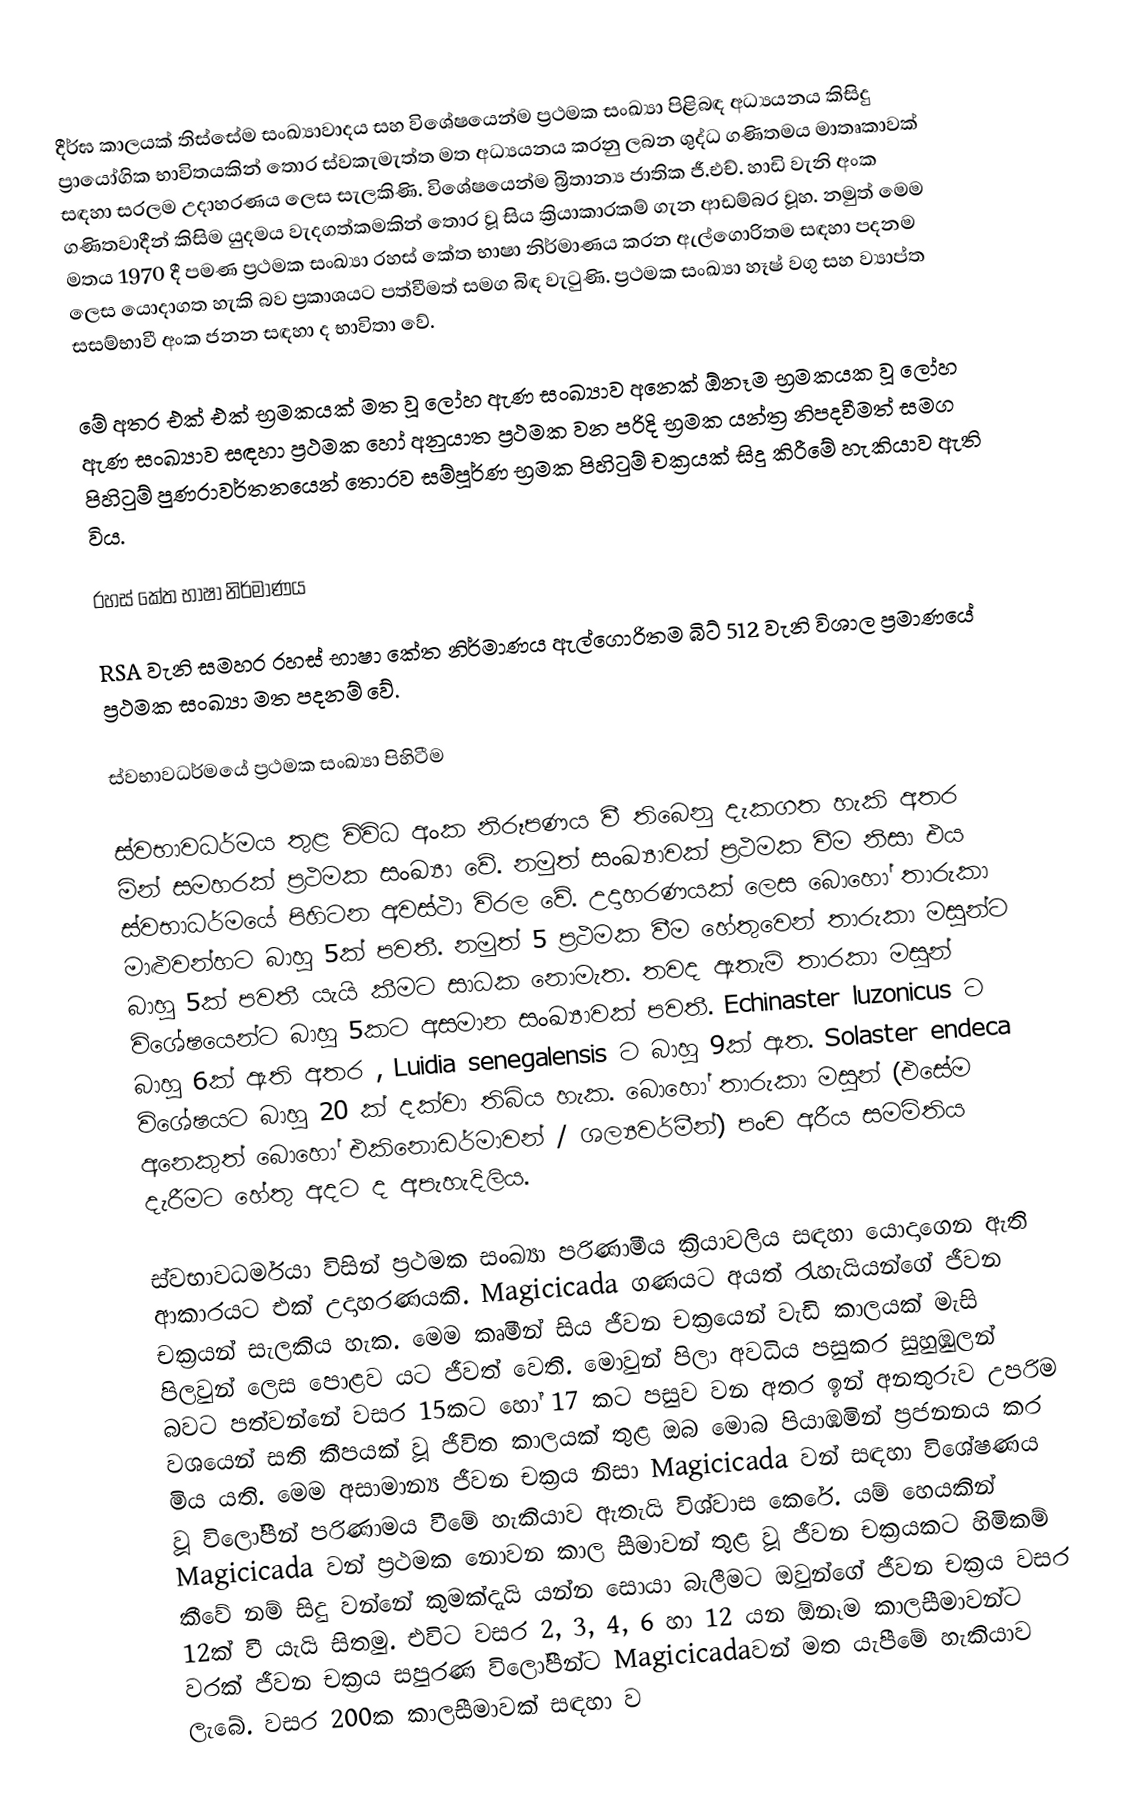
දීර්ඝ කාලයක් තිස්සේම සංඛ්‍යාවාදය සහ විශේෂයෙන්ම ප්‍රථමක සංඛ්‍යා පිළිබඳ අධ්‍යයනය කිසිදු ප්‍රායෝගික භාවිතයකින් තොර ස්වකැමැත්ත මත අධ්‍යයනය කරනු ලබන ශුද්ධ ගණිතමය මාතෘකාවක් සඳහා සරලම උදාහරණය ලෙස සැලකිණි. විශේෂයෙන්ම බ්‍රිතාන්‍ය ජාතික ජී.එච්. හාඩි වැනි අංක ගණිතවාදීන් කිසිම යුදමය වැදගත්කමකින් තොර වූ සිය ක්‍රියාකාරකම් ගැන ආඩම්බර වූහ. නමුත් මෙම මතය 1970 දී පමණ ප්‍රථමක සංඛ්‍යා රහස් කේත භාෂා නිර්මාණය කරන ඇල්ගොරිතම සඳහා පදනම ලෙස යොදාගත හැකි බව ප්‍රකාශයට පත්වීමත් සමග බිඳ වැටුණි. ප්‍රථමක සංඛ්‍යා හෑෂ් වගු සහ ව්‍යාප්ත සසම්භාවී අංක ජනන සඳහා ද භාවිතා වේ.

මේ අතර එක් එක් භ්‍රමකයක් මත වූ ලෝහ ඇණ සංඛ්‍යාව අනෙක් ඕනෑම භ්‍රමකයක වූ ලෝහ ඇණ සංඛ්‍යාව සඳහා ප්‍රථමක හෝ අනුයාත ප්‍රථමක වන පරිදි භ්‍රමක යන්ත්‍ර නිපදවීමත් සමග පිහිටුම් පුණරාවර්තනයෙන් තොරව සම්පූර්ණ භ්‍රමක පිහිටුම් චක්‍රයක් සිදු කිරීමේ හැකියාව ඇති විය.

රහස් කේත භාෂා නිර්මාණය

RSA වැනි සමහර රහස් භාෂා කේත නිර්මාණය ඇල්ගොරිතම බිට් 512 වැනි විශාල ප්‍රමාණයේ ප්‍රථමක සංඛ්‍යා මත පදනම් වේ.

ස්වභාවධර්මයේ ප්‍රථමක සංඛ්‍යා පිහිටීම

ස්වභාවධර්මය තුළ විවිධ අංක නිරූපණය වී තිබෙනු දැකගත හැකි අතර මින් සමහරක් ප්‍රථමක සංඛ්‍යා වේ. නමුත් සංඛ්‍යාවක් ප්‍රථමක වීම නිසා එය ස්වභාධර්මයේ පිහිටන අවස්ථා විරල වේ. උදාහරණයක් ලෙස බොහෝ තාරුකා මාළුවන්හට බාහු 5ක් පවතී. නමුත් 5 ප්‍රථමක වීම හේතුවෙන් තාරුකා මසුන්ට බාහු 5ක් පවතී යැයි කීමට සාධක නොමැත. තවද ඇතැම් තාරකා මසුන් විශේෂයෙන්ට බාහු 5කට අසමාන සංඛ්‍යාවක් පවතී. Echinaster luzonicus ට බාහු 6ක් ඇති අතර , Luidia senegalensis ‍ට බාහු 9ක් ඇත. Solaster endeca විශේෂ‍යට බාහු 20 ක් දක්වා තිබිය හැක. බොහෝ තාරුකා මසුන් (එසේම අනෙකුත් බොහෝ එකිනොඩර්මාවන් / ශල්‍යවර්මීන්) පංච අරීය සමමිතිය දැරීමට හේතු අදට ද අපැහැදිලිය.

ස්වභාවධර්මයා විසින් ප්‍රථමක සංඛ්‍යා පරිණාමීය ක්‍රියාවලිය සඳහා යොදාගෙන ඇති ආකාරයට එක් උදාහරණයකි. Magicicada ගණයට අයත් රැහැයියන්ගේ ජීවන චක්‍රයන් සැලකිය හැක. මෙම කෘමීන් සිය ජීවන චක්‍රයෙන් වැඩි කාලයක් මැසි පිලවුන් ලෙස පොළව යට ජීවත් වෙති. මොවුන් පිලා අවධිය පසුකර සුහුඹුලන් බවට පත්වන්නේ වසර 15කට හෝ 17 කට පසුව වන අතර ඉන් අනතුරුව උපරිම වශයෙන් සති කීපයක් වූ ජීවිත කාලයක් තුළ ඔබ මොබ පියාඹමින් ප්‍රජනනය කර මිය යති. මෙම අසාමාන්‍ය ජීවන චක්‍රය නිසා  Magicicada  වන් සඳහා විශේෂණය වූ විලෝපීන් පරිණාමය වීමේ හැකියාව ඇතැයි විශ්වාස කෙරේ. යම් හෙයකින් Magicicada වන් ප්‍රථමක නොවන කාල සීමාවන් තුළ වූ ජීවන චක්‍රයකට හිමිකම් කීවේ නම් සිදු වන්නේ කුමක්දැයි යන්න සොයා බැලීමට ඔවුන්ගේ ජීවන චක්‍රය වසර 12ක් වී යැයි සිතමු. එවිට වසර 2, 3, 4, 6 හා 12 යන ඕනෑම කාලසීමාවන්ට වරක් ජීවන චක්‍රය සපුරණ විලෝපීන්ට Magicicadaවන් මත යැපීමේ හැකියාව ලැබේ. වසර 200ක කාලසීමාවක් සඳහා ව